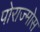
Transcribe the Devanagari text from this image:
पोराज्मोस